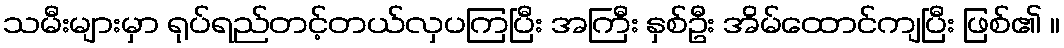
သမီးများမှာ ရုပ်ရည်တင့်တယ်လှပကြပြီး အကြီး နှစ်ဦး အိမ်ထောင်ကျပြီး ဖြစ်၏ ။